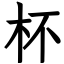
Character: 杯